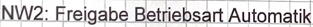
Text: NW2: Freigabe Betriebsart Automatik